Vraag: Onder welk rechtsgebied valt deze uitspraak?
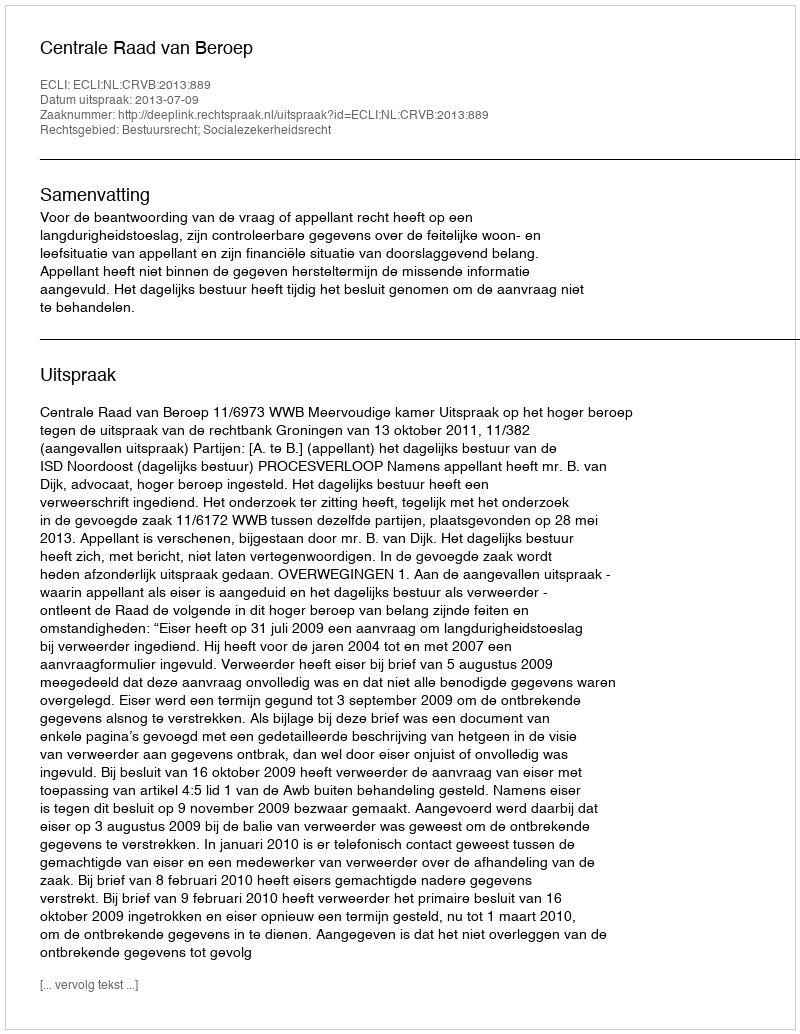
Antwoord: Bestuursrecht; Socialezekerheidsrecht